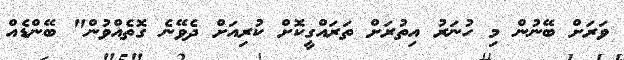
ވަރަށް ބޭނުން މި ހުނަރު އިތުރަށް ތަރައްގީކޮށް ކުރިއަށް ދެވޭނެ ގޮތެއްވުން" ބޭންޑެއް